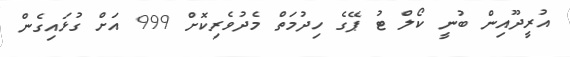
އުރީދޫއިން ބުނީ ކޯލް ޓު ޕޭގެ ހިދުމަތް މެދުވެރިކޮށް 999 އަށް ގުޅައިގެން